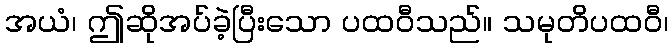
အယံ၊ ဤဆိုအပ်ခဲ့ပြီးသော ပထဝီသည်။ သမုတိပထဝီ၊